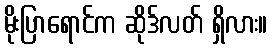
မိုးပြာရောင်က ဆိုဒ်လတ် ရှိလား။